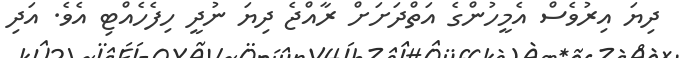
ދިޔަ އިރުވެސް އެމީހުންގެ އަތްދަށަށް ރާއްޖެ ދިޔަ ނުދީ ހިފެހެއްޓި އެވެ. އަދި